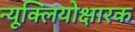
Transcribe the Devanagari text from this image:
न्यूक्लियोक्षारक